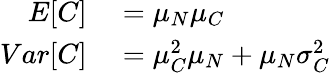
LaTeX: \begin{array}{rl}{E[C]}&{{}=\mu_{N}\mu_{C}}\\ {Var[C]}&{{}=\mu_{C}^{2}\mu_{N}+\mu_{N}\sigma_{C}^{2}}\end{array}